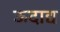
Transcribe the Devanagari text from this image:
ऊदाद्य